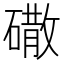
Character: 䃟